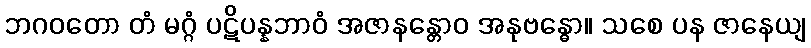
ဘဂဝတော တံ မဂ္ဂံ ပဋိပန္နဘာဝံ အဇာနန္တောဝ အနုဗန္ဓော။ သစေ ပန ဇာနေယျ